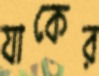
যাকের